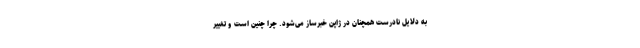
به دلایل نادرست همچنان در ژاپن خبرساز می‌شود. چرا چنین است و تغییر